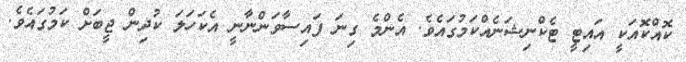
ކޮއްކޮއަކީ އައިޓީ ޓެކްނިޝަނެއްކަމުގައެވެ. އެންމެ ގިނަ ފައިސާވަންނާނީ އެކަހަލަ ކުދިން ޖީބަށް ކަމުގައެވެ.